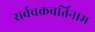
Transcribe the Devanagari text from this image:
सर्वचक्रवर्तिनाम